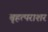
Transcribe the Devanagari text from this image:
बृहत्पराशर